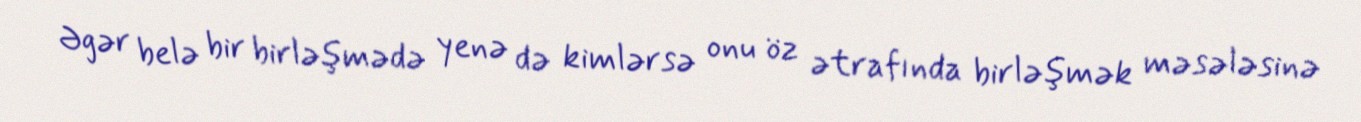
Əgər belə bir birləşmədə yenə də kimlərsə onu öz ətrafında birləşmək məsələsinə